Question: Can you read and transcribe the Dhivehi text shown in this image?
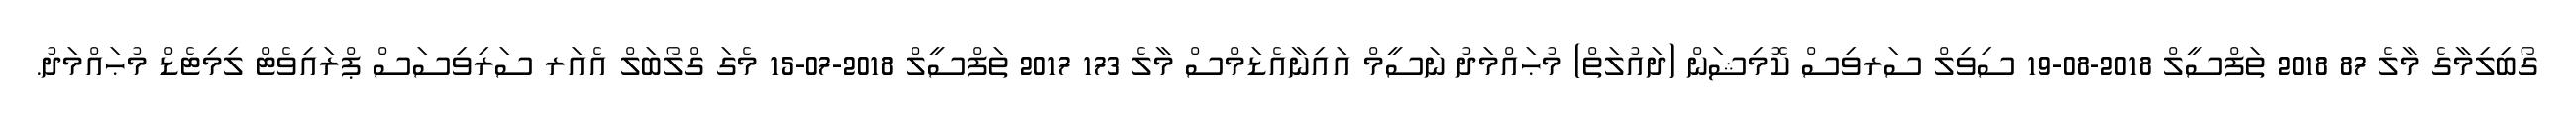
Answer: ގޯބިލިމާގެ މާލެ 87 2018 ތަފްސީލް 2018-08-19 ސިވިލް ސަރވިސް ކޮމިޝަން (ދައުލަތް) މުޙައްމަދު ނަސީމް އައިނާއެޑަމްސް މާލެ 173 2017 ތަފްސީލް 2018-07-15 މެގަ ގްލޯބަލް އެއަރ ސަރިވިސަސް ޕްރައިވެޓް ލިމިޓެޑް މުޙައްމަދު.